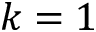
k = 1